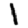
Digit: 1